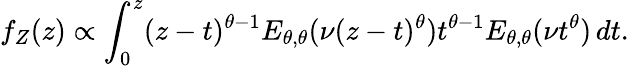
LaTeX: f_{Z}(z)\propto\int_{0}^{z}(z-t)^{\theta-1}E_{\theta,\theta}(\nu(z-t)^{\theta})t^{\theta-1}E_{\theta,\theta}(\nu t^{\theta})\, dt.